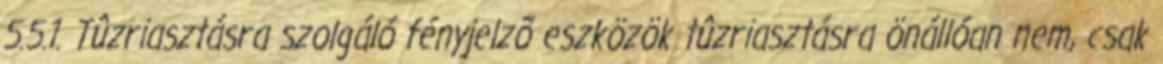
5.5.1. Tûzriasztásra szolgáló fényjelzõ eszközök tûzriasztásra önállóan nem, csak